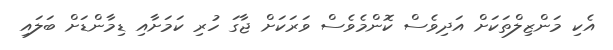
އެކި މަންޒިލްތަކަށް އަދިވެސް ކޮންމެވެސް ވަރަކަށް ޖާގަ ހުރި ކަމަށާއި ޑިމާންޑަށް ބަލައި